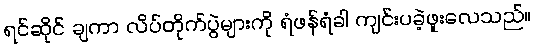
ရင်ဆိုင် ချကာ လိပ်တိုက်ပွဲများကို ရံဖန်ရံခါ ကျင်းပခဲ့ဖူးလေသည်။